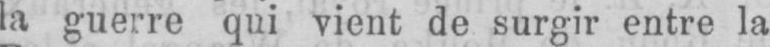
la guerre qui vient de surgir entre la